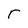
Character: r